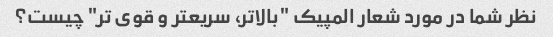
نظر شما در مورد شعار المپیک "بالاتر، سریعتر و قوی تر" چیست؟